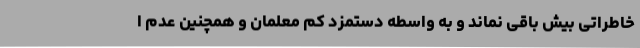
خاطراتی بیش باقی نماند و به واسطه دستمزد کم معلمان و همچنین عدم ا